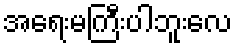
အရေးမကြီးပါဘူးလေ